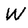
Character: W